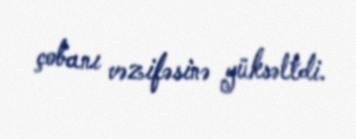
çobanı vəzifəsinə yüksəltdi.